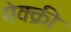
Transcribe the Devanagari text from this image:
मेक्क्री